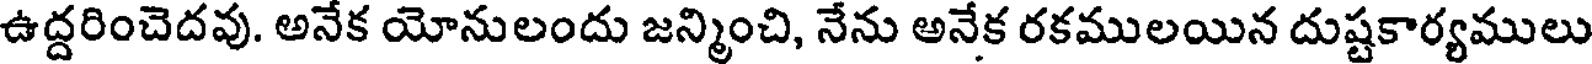
ఉద్దరించెదవు. అనేక యోనులందు జన్మించి, నేను అనేక రకములయిన దుష్టకార్యములు